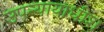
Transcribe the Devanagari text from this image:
उपन्यायाधीश